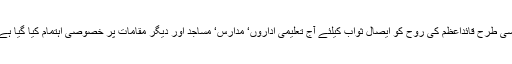
اسی طرح قائداعظم کی روح کو ایصال ثواب کیلئے آج تعلیمی اداروں‘ مدارس‘ مساجد اور دیگر مقامات پر خصوصی اہتمام کیا گیا ہے۔